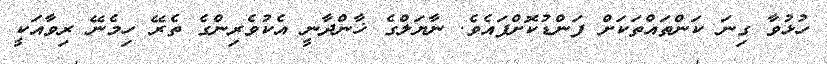
ހުޅުވާ ގިނަ ކަންތައްތަކަށް ފަންޑުކޮށްފައެވެ. ނާޔަލްގެ ޚާންދާނީ އެކުވެރިންގެ ތެރޭ ހިމެނޭ ރިވާއަކީ